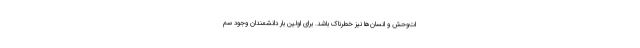
ات‌وحش و انسان‌ها نیز خطرناک باشد. برای اولین بار دانشمندان وجود سم